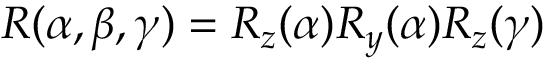
R ( \alpha , \beta , \gamma ) = R _ { z } ( \alpha ) R _ { y } ( \alpha ) R _ { z } ( \gamma )